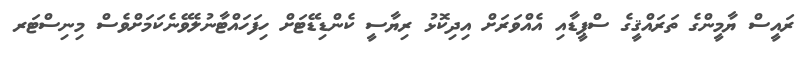
ރައީސް ޔާމީންގެ ތަރައްޤީގެ ސްޕީޑާއި އެއްވަރަށް އިދިކޮޅު ރިޔާސީ ކެންޑިޑޭޓަށް ހިފަހައްޓާނުލެވޭނެކަމަށްވެސް މިނިސްޓަރ